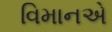
વિમાનએ